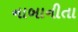
નાબાનીતા